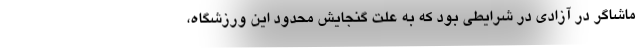
ماشاگر در آزادی در شرایطی بود که به علت گنجایش محدود این ورزشگاه،